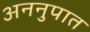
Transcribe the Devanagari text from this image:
अननुपात